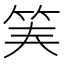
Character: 𥬟